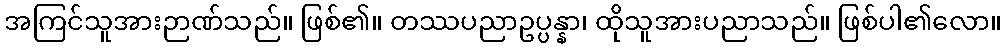
အကြင်သူအားဉာဏ်သည်။ ဖြစ်၏။ တဿပညာဥပ္ပန္နာ၊ ထိုသူအားပညာသည်။ ဖြစ်ပါ၏လော။